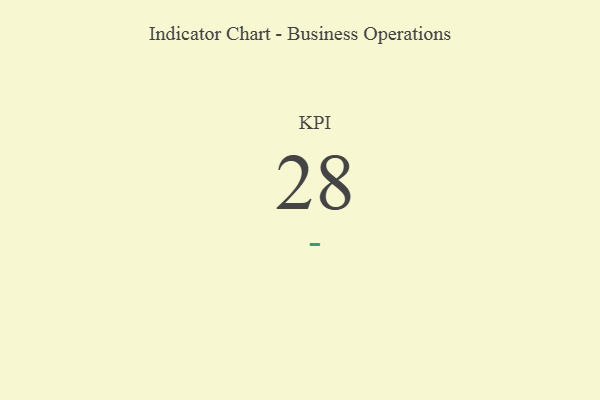
{"axis": {"x": "KPI", "y": "Value"}, "legend": [""], "data": [{"x": "KPI", "y": 28, "type": ""}]}